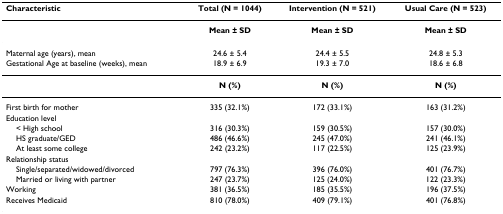
<table><thead><tr><td><b>Characteristic</b></td><td><b>Total (N = 1044)</b></td><td><b>Intervention (N = 521)</b></td><td><b>Usual Care (N = 523)</b></td></tr></thead><tbody><tr><td></td><td><b>Mean ± SD</b></td><td><b>Mean ± SD</b></td><td><b>Mean ± SD</b></td></tr><tr><td>Maternal age (years), mean</td><td>24.6 ± 5.4</td><td>24.4 ± 5.5</td><td>24.8 ± 5.3</td></tr><tr><td>Gestational Age at baseline (weeks), mean</td><td>18.9 ± 6.9</td><td>19.3 ± 7.0</td><td>18.6 ± 6.8</td></tr><tr><td></td><td><b>N (%)</b></td><td><b>N (%)</b></td><td><b>N (%)</b></td></tr><tr><td>First birth for mother</td><td>335 (32.1%)</td><td>172 (33.1%)</td><td>163 (31.2%)</td></tr><tr><td>Education level</td><td></td><td></td><td></td></tr><tr><td> &lt; High school</td><td>316 (30.3%)</td><td>159 (30.5%)</td><td>157 (30.0%)</td></tr><tr><td> HS graduate/GED</td><td>486 (46.6%)</td><td>245 (47.0%)</td><td>241 (46.1%)</td></tr><tr><td> At least some college</td><td>242 (23.2%)</td><td>117 (22.5%)</td><td>125 (23.9%)</td></tr><tr><td>Relationship status</td><td></td><td></td><td></td></tr><tr><td> Single/separated/widowed/divorced</td><td>797 (76.3%)</td><td>396 (76.0%)</td><td>401 (76.7%)</td></tr><tr><td> Married or living with partner</td><td>247 (23.7%)</td><td>125 (24.0%)</td><td>122 (23.3%)</td></tr><tr><td>Working</td><td>381 (36.5%)</td><td>185 (35.5%)</td><td>196 (37.5%)</td></tr><tr><td>Receives Medicaid</td><td>810 (78.0%)</td><td>409 (79.1%)</td><td>401 (76.8%)</td></tr></tbody></table>